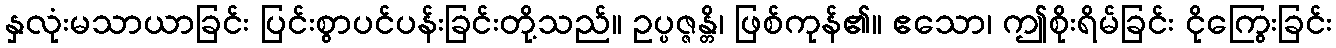
နှလုံးမသာယာခြင်း ပြင်းစွာပင်ပန်းခြင်းတို့သည်။ ဥပ္ပဇ္ဇန္တိ၊ ဖြစ်ကုန်၏။ ဧသော၊ ဤစိုးရိမ်ခြင်း ငိုကြွေးခြင်း